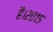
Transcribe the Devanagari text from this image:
है।२०१५